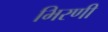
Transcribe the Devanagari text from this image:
भिरणी